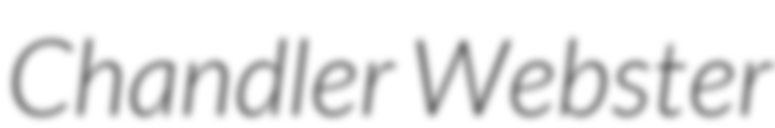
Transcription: Chandler Webster